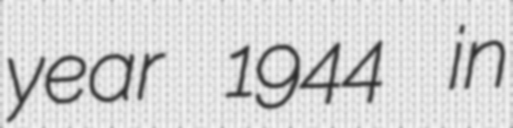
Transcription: year 1944 in